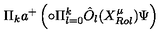
\Pi _ { k } a ^ { + } \left( \circ \Pi _ { l = 0 } ^ { k } \hat { O } _ { l } ( X _ { R o l } ^ { \mu } ) \Psi \right)